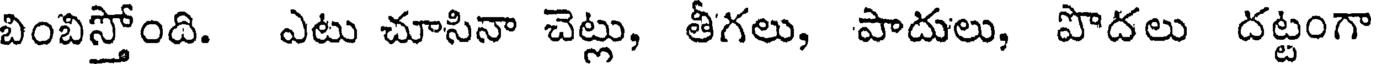
బింబిస్తోంది. ఎటు చూసినా చెట్లు, తీగలు, పాదులు, పొదలు దట్టంగా